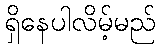
ရှိနေပါလိမ့်မည်